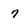
Character: 7